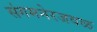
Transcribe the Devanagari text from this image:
संगमनेरजवळ